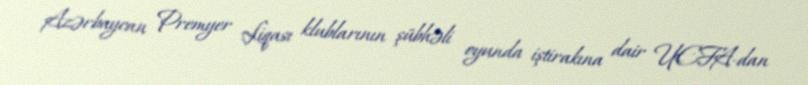
Azərbaycan Premyer Liqası klublarının şübhəli oyunda iştirakına dair UEFA-dan